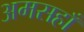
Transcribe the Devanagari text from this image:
अमसहाँ